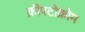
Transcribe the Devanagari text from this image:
क्रीपटोक्रोम